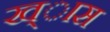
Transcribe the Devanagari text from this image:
ख्ास